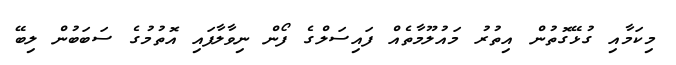
މިކަމާއި ގުޅޭގޮތުން އިތުރު މައުލޫމާތެއް ފައިސަލްގެ ފޯން ނިވާލާފައި އޮތުމުގެ ސަބަބުން ލިބޭ